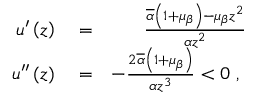
\begin{array} { r l r } { u ^ { \prime } \left( z \right) } & { { } = } & { \frac { \overline { { \alpha } } \left( 1 + \mu _ { \beta } \right) - \mu _ { \beta } z ^ { 2 } } { \alpha z ^ { 2 } } } \\ { u ^ { \prime \prime } \left( z \right) } & { { } = } & { - \frac { 2 \overline { { \alpha } } \left( 1 + \mu _ { \beta } \right) } { \alpha z ^ { 3 } } < 0 \mathrm { ~ , ~ } } \end{array}